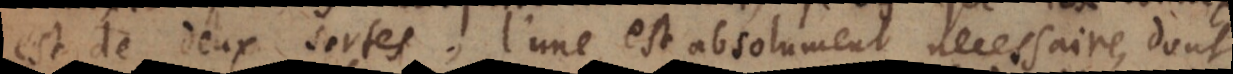
que l sortes, l’une est absolument necessaire, dont